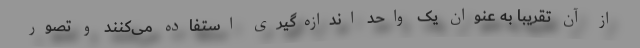
از آن تقریباً به عنوان یک واحد اندازه‌گیری استفاده می‌کنند و تصور